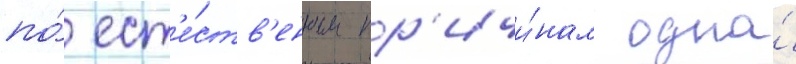
по́ ест'е́ств'енным пр'ичи́нам одна́